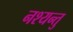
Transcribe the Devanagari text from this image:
नश्यन्तु